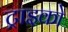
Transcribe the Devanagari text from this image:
ट्राइको